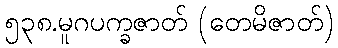
၅၃၈.မူဂပက္ခဇာတ် (တေမိဇာတ်)